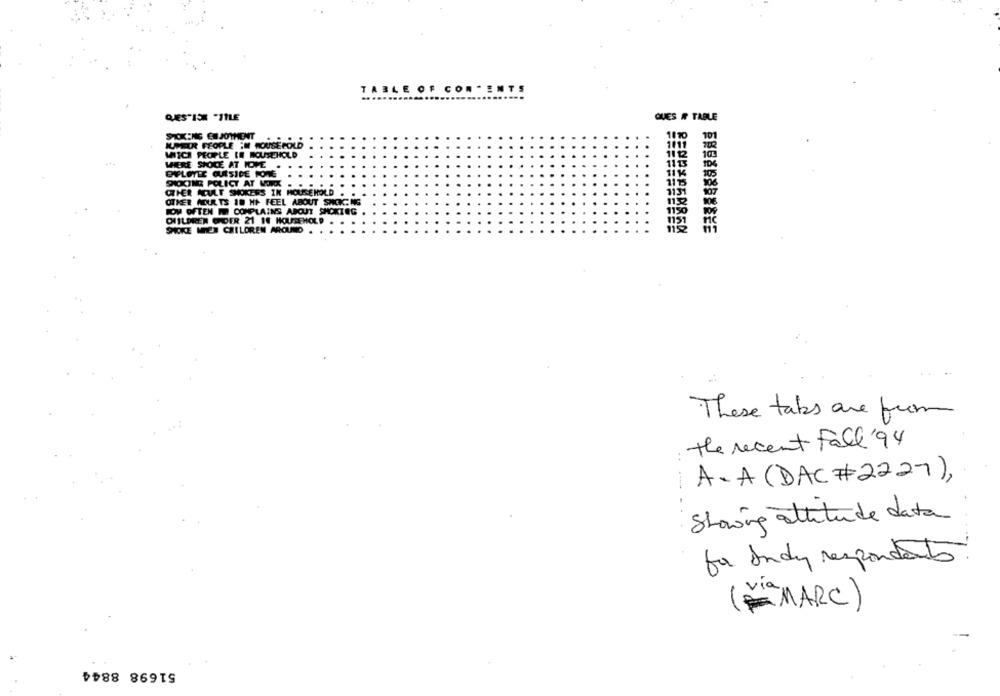
TABLE OF CON . ENTS
QUES"ISK "ITLE
QUES # TABLE
STOKENS ENJOTHENT
1110
10
IUMEUR PEOPLE IN HOUSEPOLD
1111
11 12
10
WITCH PEOPLE IE HOUSEHOLD
WHERE SHOICE AT HOME
OFLOTTE QUASIDE PONE
SHIOCINE POLICY AT WORK
is
OTHER ADULT SMOKERS IN HOUSEHOLD
813
OTHER COURTS 10 HP FEEL ABOUT SWOICH NS
HOW OFTEN I COMPLAINS ABOUT SHCKIEG
1150
DISLOREN GIDER 21 10 HOUSEHOLD
1151
SMOKE MET CHILDREN AROUND
These taks are from
the recent Fall '94
..
A. A (DAC #2227),
Showing attitude data
for Indy respondents
(F"MARC )
51698 8844